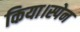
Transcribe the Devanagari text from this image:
किया।स्पेन